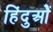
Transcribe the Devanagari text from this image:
हिंदुओें